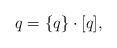
LaTeX: \begin{align*}q = \{q\} \cdot [q],\end{align*}